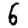
Digit: 6